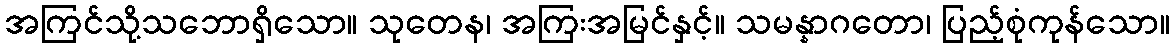
အကြင်သို့သဘောရှိသော။ သုတေန၊ အကြးအမြင်နှင့်။ သမန္နာဂတော၊ ပြည့်စုံကုန်သော။